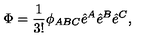
\Phi = \frac { 1 } { 3 ! } \phi _ { A B C } \hat { e } ^ { A } \hat { e } ^ { B } \hat { e } ^ { C } ,